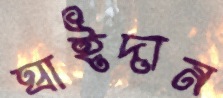
ঘাইদান